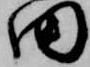
田